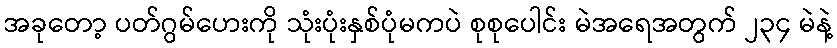
အခုတော့ ပတ်ဂွမ်ဟေးကို သုံးပုံးနှစ်ပုံမကပဲ စုစုပေါင်း မဲအရေအတွက် ၂၃၄ မဲနဲ့